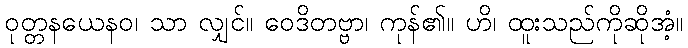
ဝုတ္တနယေနဝ၊ သာ လျှင်။ ဝေဒိတဗ္ဗာ၊ ကုန်၏။ ဟိ၊ ထူးသည်ကိုဆိုအံ့။